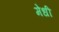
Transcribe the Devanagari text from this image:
मेधी